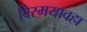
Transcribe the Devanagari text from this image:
विस्मयावहा